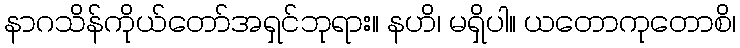
နာဂသိန်ကိုယ်တော်အရှင်ဘုရား။ နဟိ၊ မရှိပါ။ ယတောကုတောစိ၊